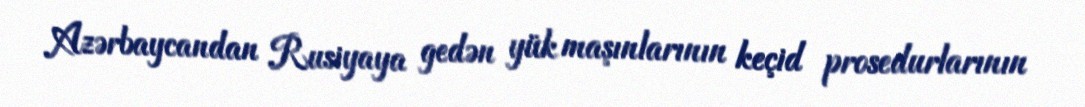
Azərbaycandan Rusiyaya gedən yük maşınlarının keçid prosedurlarının